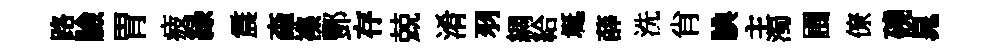
路臉胃疲緑震螙襍酆存兢淆羽綢給埏薛洗肖腆主濁圃僚磽晁